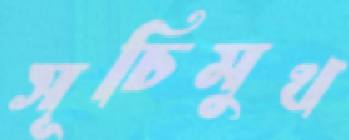
সূচিমুখ